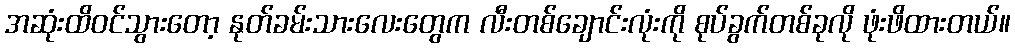
အဆုံးထိဝင်သွားတော့ နုတ်ခမ်းသားလေးတွေက လီးတစ်ချောင်းလုံးကို စုပ်ခွက်တစ်ခုလို ဖုံးဖိထားတယ်။